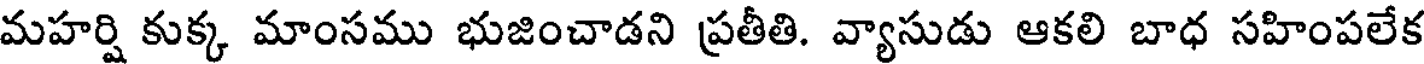
మహర్షి కుక్క మాంసము భుజించాడని ప్రతీతి. వ్యాసుడు ఆకలి బాధ సహింపలేక